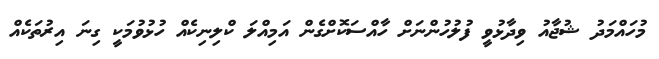
މުހައްމަދު ޝުޖާއު ވިދާޅުވީ ފުލުހުންނަށް ހާއްސަކޮށްގެން އަމިއްލަ ކްލިނިކެއް ހުޅުވުމަކީ ގިނަ އިރުުތަކެއް